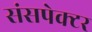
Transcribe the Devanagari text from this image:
संसपेक्टर